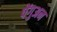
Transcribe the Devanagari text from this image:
पेंगुअन